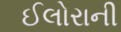
ઈલોરાની